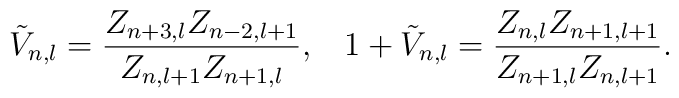
\tilde{V}_{n,l}=\frac{Z_{n+3,l}Z_{n-2,l+1}}{Z_{n,l+1}Z_{n+1,l}},\;\;\;1+\tilde{V}_{n,l}=\frac{Z_{n,l}Z_{n+1,l+1}}{Z_{n+1,l}Z_{n,l+1}}.